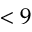
< 9